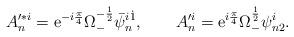
LaTeX: \begin{align*}A_n'^{*i}={\rm e}^{-i{\pi \over 4}}\Omega_-^{-{1\over 2}}\bar \psi_n^{i\dot 1} ,\qquad A_n'^{i}={\rm e}^{i{\pi \over 4}}\Omega_-^{{1\over 2}} \psi_{n2}^{i} .\end{align*}